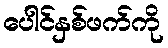
ပေါင်နှစ်ဖက်ကို